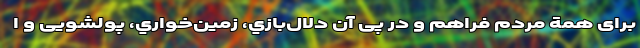
برای همة مردم فراهم و در پی آن دلال‌بازي، زمين‌خواري، پولشویی و ا